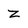
Character: z